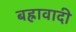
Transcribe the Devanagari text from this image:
बह्रावादी